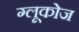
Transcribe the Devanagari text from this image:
ग्‍लूकोज